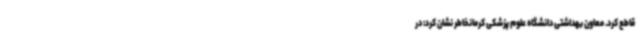
قاطع کرد. معاون بهداشتی دانشگاه علوم پزشکی کرمانخاطر نشان کرد: در